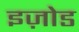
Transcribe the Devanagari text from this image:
इज़ोड